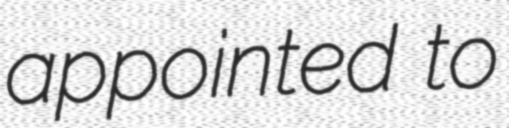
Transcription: appointed to